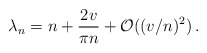
\begin{align*}\lambda_{n} = n + \frac{2v}{\pi n} + {\cal O}( (v/n)^{2}) \, .\end{align*}